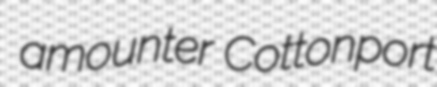
amounter Cottonport